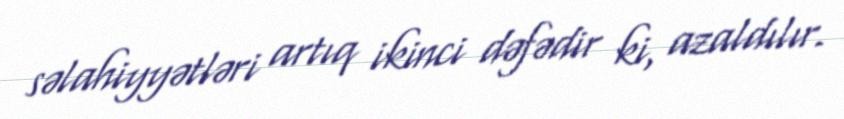
səlahiyyətləri artıq ikinci dəfədir ki, azaldılır.